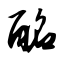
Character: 酩